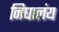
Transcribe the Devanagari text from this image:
निघालंंय